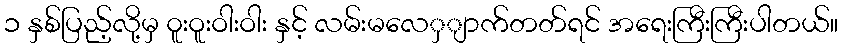
၁ နှစ်ပြည့်လို့မှ ၀ူးဝူးဝါးဝါး နှင့် လမ်းမလေှျာက်တတ်ရင် အရေးကြီးကြီးပါတယ်။